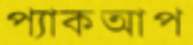
প্যাকআপ